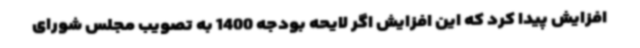
افزایش پیدا کرد که این افزایش اگر لایحه بودجه 1400 به تصویب مجلس شورای